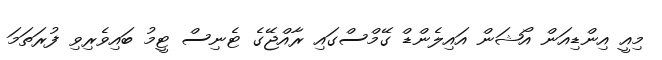
މިއީ އިންޑިއަން އޯޝަން އައިލެންޑް ގޭމްސްގައި ރާއްޖޭގެ ޓެނިސް ޓީމު ބައިވެރިވި ފުރަތަމަ